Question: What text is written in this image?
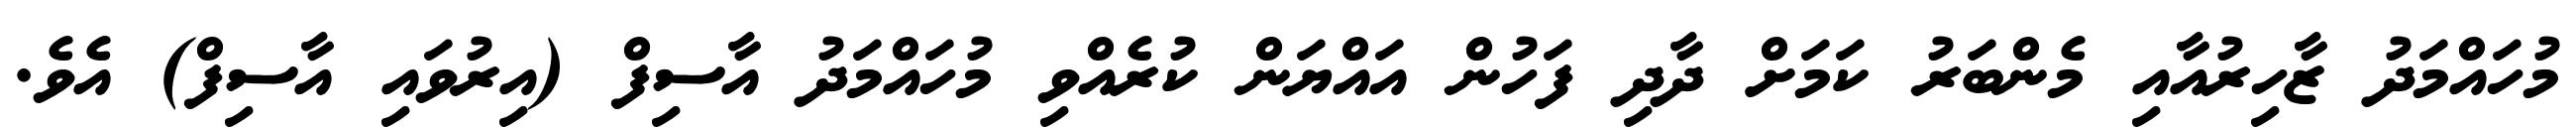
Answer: މުހައްމަދު ޒާހިރުއާއި މެންބަރު ކަމަށް ދާދި ފަހުން އައްޔަން ކުރެއްވި މުހައްމަދު އާސިފް (އިރުވައި އާސިފް) އެވެ.